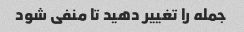
جمله را تغییر دهید تا منفی شود